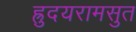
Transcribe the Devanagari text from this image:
ह्रुदयरामसुत